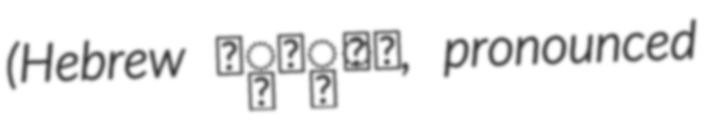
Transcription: (Hebrew יַתִּר, pronounced